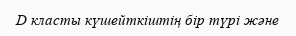
D класты күшейткіштің бір түрі және